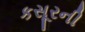
કસૂરની